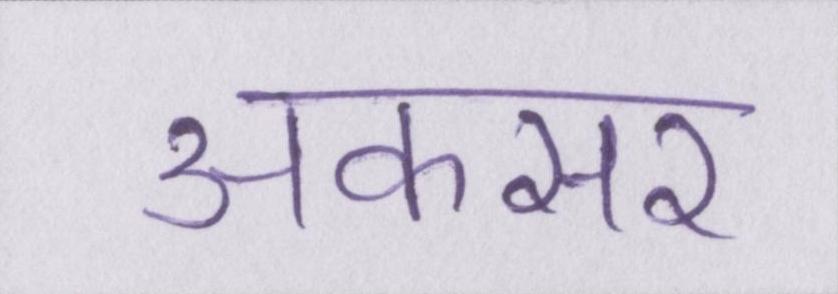
अकसर